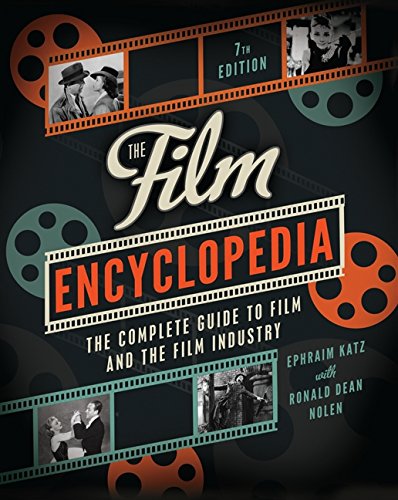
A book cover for The Film Encyclopedia 7e: The Complete Guide to Film and the Film Industry; Ephraim Katz; Humor & Entertainment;